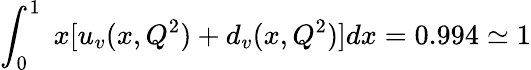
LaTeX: \int_{0}^{1}\; x[u_{v}(x,Q^{2})+d_{v}(x,Q^{2})]dx=0.994\simeq 1